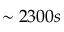
\sim 2 3 0 0 s